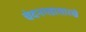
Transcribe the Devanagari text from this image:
चंदनगडासारखे